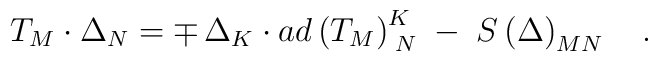
T_M\cdot \Delta _N=\mp \,\Delta _K\cdot ad\left( T_M\right)_{\;N}^K\;-\;S\left( \Delta \right) _{MN}\quad .